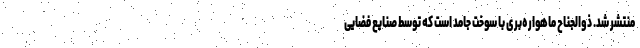
منتشر شد. ذوالجناح ماهواره‌بری با سوخت جامد است که توسط صنایع فضایی